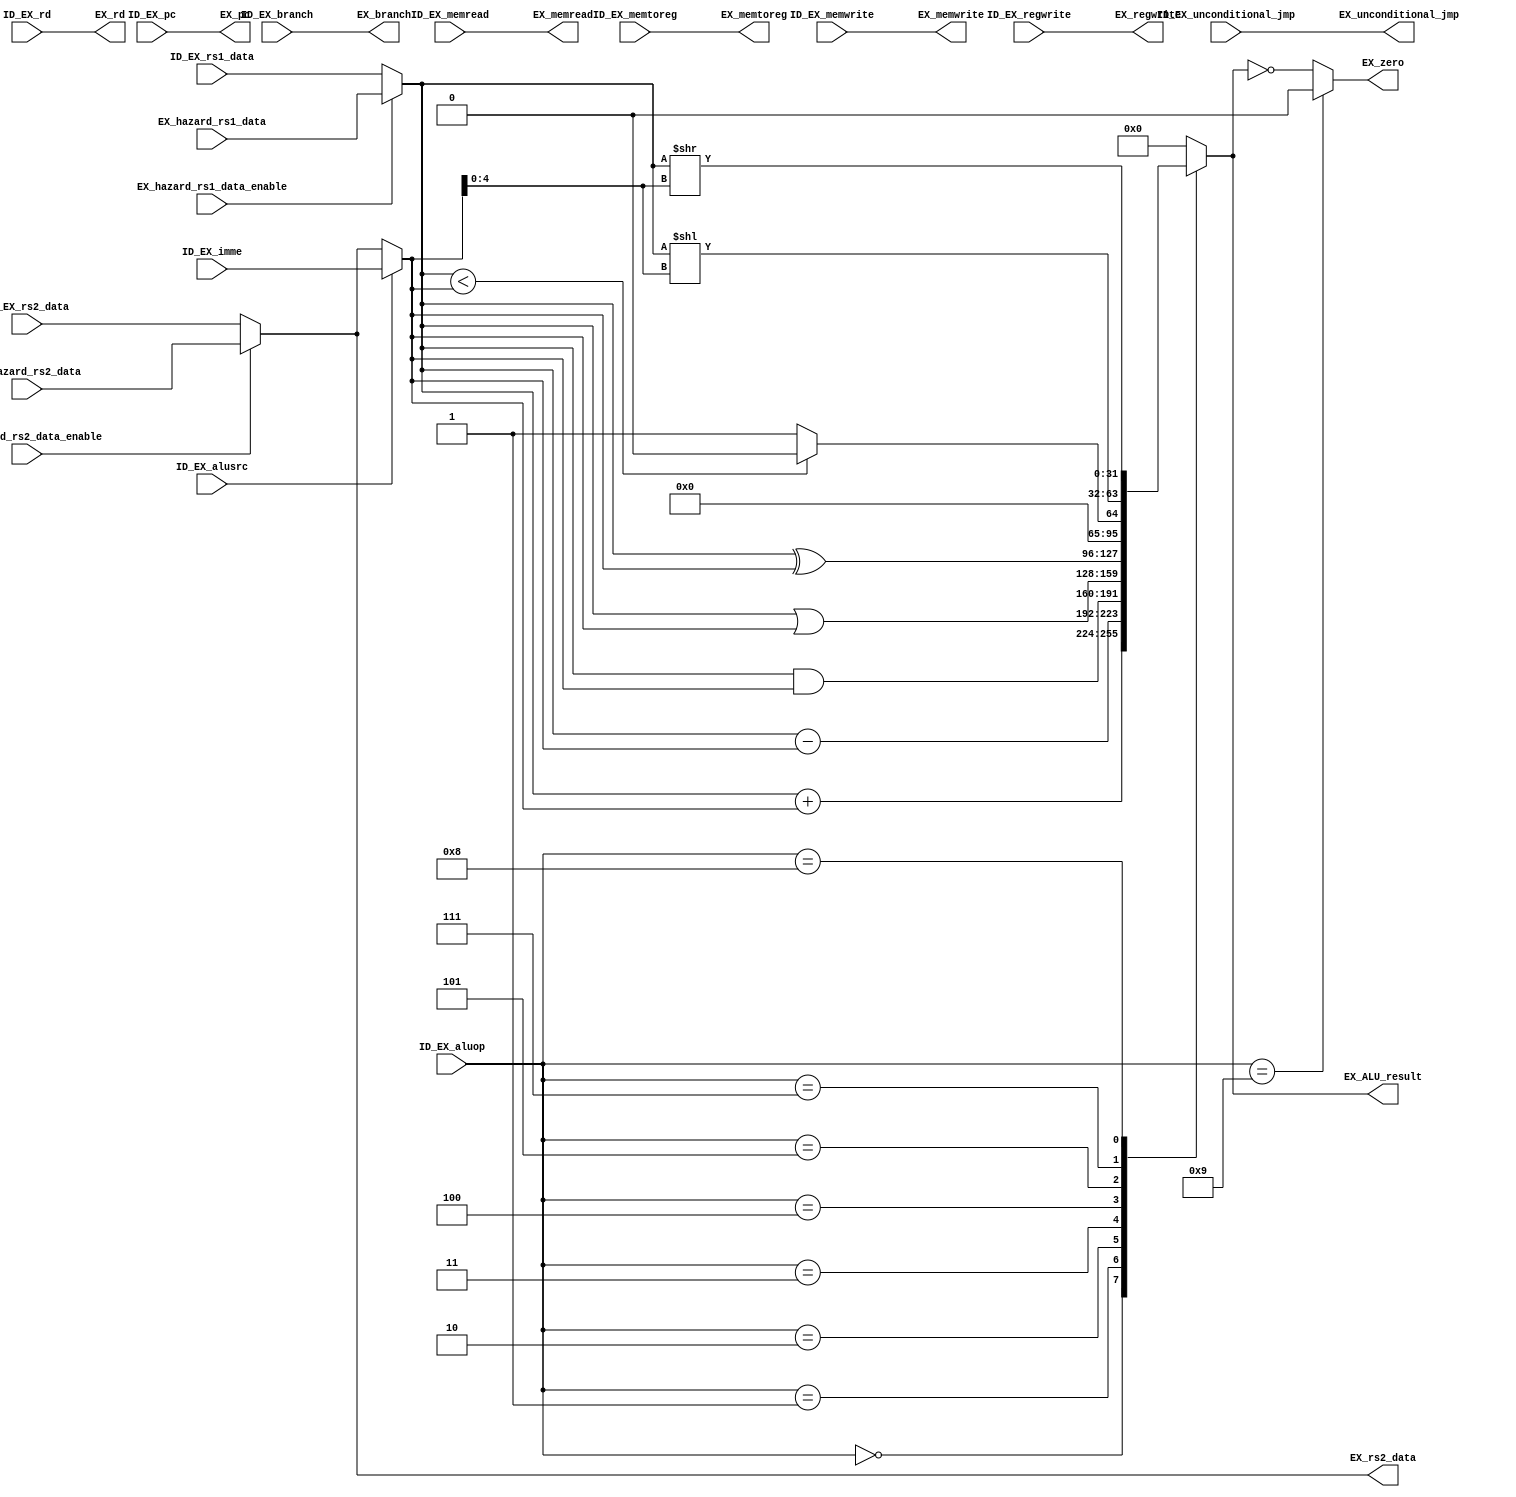
module EX#(
           parameter ALU_OP_ADD = 4'd0,
           parameter ALU_OP_SUB = 4'd1,
           parameter ALU_OP_AND = 4'd2,
           parameter ALU_OP_OR = 4'd3,
           parameter ALU_OP_XOR = 4'd4,
           parameter ALU_OP_LT = 4'd5,
           parameter ALU_OP_JUMP = 4'd6,
           parameter ALU_OP_SHIFT_LEFT = 4'd7,
           parameter ALU_OP_SHIFT_RIGHT = 4'd8,
           parameter ALU_OP_NOPE = 4'd9
           ) (
              // input wire [4:0]  ID_EX_rs1,
              input wire [31:0] ID_EX_rs1_data,
              // input wire [4:0]  ID_EX_rs2,
              input wire [31:0] ID_EX_rs2_data,
              // input wire [31:0] reg_read_data_1,
              // input wire [31:0] reg_read_data_2,
              input wire [4:0]  ID_EX_rd,
              input wire        ID_EX_branch,
              input wire        ID_EX_alusrc,
              input wire [3:0]  ID_EX_aluop,
              input wire [31:0] ID_EX_imme,
              input wire        ID_EX_memread,
              input wire        ID_EX_memtoreg,
              input wire        ID_EX_memwrite,
              input wire        ID_EX_regwrite,
              input wire        ID_EX_unconditional_jmp,
              input wire [31:0] ID_EX_pc,
              input wire        EX_hazard_rs1_data_enable,
              input wire        EX_hazard_rs2_data_enable,
              input wire [31:0] EX_hazard_rs1_data,
              input wire [31:0] EX_hazard_rs2_data,
              // input wire        ID_EX_take,
              output reg [31:0] EX_ALU_result,
              output reg        EX_zero,
              output reg [4:0]  EX_rd,
              output reg        EX_branch,
              output reg        EX_memread,
              output reg        EX_memtoreg,
              output reg        EX_memwrite,
              output reg        EX_regwrite,
              output reg [31:0] EX_rs2_data,
              output reg        EX_unconditional_jmp,
              output reg [31:0] EX_pc
              // output reg        EX_take,
              // output reg        EX_flush,
              /*AUTOINPUT*/
              );
   /*AUTOWIRE*/
   // EX_hazard_checker EX_hazard_checker(/*AUTOINST*/
   //                                     // Outputs
   //                                     .EX_stall        (EX_stall),
   //                                     .EX_hazard_rs1_data(EX_hazard_rs1_data[31:0]),
   //                                     .EX_hazard_rs1_data_enable(EX_hazard_rs1_data_enable),
   //                                     .EX_hazard_rs2_data(EX_hazard_rs2_data[31:0]),
   //                                     .EX_hazard_rs2_data_enable(EX_hazard_rs2_data_enable),
   //                                     // Inputs
   //                                     .ID_EX_rs1       (ID_EX_rs1[4:0]),
   //                                     .ID_EX_rs2       (ID_EX_rs2[4:0]),
   //                                     .EX_MEM_rd       (EX_MEM_rd[4:0]),
   //                                     .EX_MEM_regwrite (EX_MEM_regwrite),
   //                                     .EX_MEM_ALU_result(EX_MEM_ALU_result[31:0]),
   //                                     .EX_MEM_memtoreg (EX_MEM_memtoreg),
   //                                     .EX_MEM_memread  (EX_MEM_memread),
   //                                     .MEM_WB_rd       (MEM_WB_rd[4:0]),
   //                                     .MEM_WB_result   (MEM_WB_result[31:0]),
   //                                     .MEM_WB_regwrite (MEM_WB_regwrite));
   reg [31:0]                   EX_rs1_data;
   // reg [31:0]                   EX_rs2_data;

   reg [31:0]                   EX_op1_data;
   reg [31:0]                   EX_op2_data;

   always @ *
     if (EX_hazard_rs1_data_enable) EX_rs1_data = EX_hazard_rs1_data;
     else
       EX_rs1_data = ID_EX_rs1_data;

   always @ *
     // if (ID_EX_alusrc)
     //   if (ID_EX_memwrite) // SW
     //     EX_rs2_data = ID_EX_rs2_data;
     //   else
     //     EX_rs2_data = ID_EX_imme;
     // else
       if (EX_hazard_rs2_data_enable) EX_rs2_data = EX_hazard_rs2_data;
       else
         EX_rs2_data = ID_EX_rs2_data;

   always @ *
     EX_op1_data = EX_rs1_data;

   always @ *
     if (ID_EX_alusrc)
       EX_op2_data = ID_EX_imme;
     else
       EX_op2_data = EX_rs2_data;

   always @ *
     case (ID_EX_aluop)
       ALU_OP_ADD : EX_ALU_result = EX_op1_data + EX_op2_data;
       ALU_OP_SUB : EX_ALU_result = EX_op1_data - EX_op2_data;
       ALU_OP_AND : EX_ALU_result = EX_op1_data & EX_op2_data;
       ALU_OP_OR : EX_ALU_result = EX_op1_data | EX_op2_data;
       ALU_OP_XOR : EX_ALU_result = EX_op1_data ^ EX_op2_data;
       ALU_OP_LT : EX_ALU_result = ($signed(EX_op1_data) < $signed(EX_op2_data))?32'b0:32'b1;
       ALU_OP_JUMP : EX_ALU_result = 32'b0;
       ALU_OP_SHIFT_LEFT : EX_ALU_result = (EX_op1_data << EX_op2_data[4:0]);
       ALU_OP_SHIFT_RIGHT : EX_ALU_result = (EX_op1_data >> EX_op2_data[4:0]);
       ALU_OP_NOPE : EX_ALU_result = 32'b0;
       default : EX_ALU_result = 0;
     endcase // case (ID_EX_aluop)

   always @ *
     if (ID_EX_aluop == ALU_OP_NOPE)
       EX_zero = 0;
     else EX_zero = (EX_ALU_result == 0);

   always @ *
     EX_rd = ID_EX_rd;

   always @ *
     EX_memread = ID_EX_memread;

   always @ *
     EX_memwrite = ID_EX_memwrite;

   always @ *
     EX_memtoreg = ID_EX_memtoreg;

   always @ *
     EX_regwrite = ID_EX_regwrite;

   always @ *
     EX_branch = ID_EX_branch;

   always @ *
     EX_unconditional_jmp = ID_EX_unconditional_jmp;

   always @ *
     EX_pc = ID_EX_pc;
   // always @ *
   //   EX_take = ID_EX_take;

   // always @ *
   //   EX_flush = EX_branch && (EX_take != EX_zero);

endmodule // EX